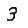
Digit: 3